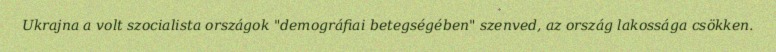
Ukrajna a volt szocialista országok "demográfiai betegségében" szenved, az ország lakossága csökken.